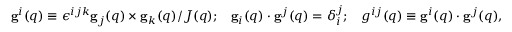
\begin{array} { r } { { \bf g } ^ { i } ( { q } ) \equiv \epsilon ^ { i j k } { \bf g } _ { j } ( { q } ) \times { \bf g } _ { k } ( { q } ) / J ( { q } ) ; \; \; \; { \bf g } _ { i } ( { q } ) \cdot { \bf g } ^ { j } ( { q } ) = \delta _ { i } ^ { j } ; \; \; \; g ^ { i j } ( { q } ) \equiv { \bf g } ^ { i } ( { q } ) \cdot { \bf g } ^ { j } ( { q } ) , } \end{array}